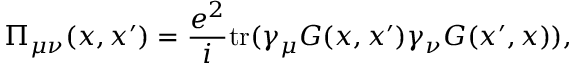
\Pi _ { \mu \nu } ( x , x ^ { \prime } ) = \frac { e ^ { 2 } } { i } \mathrm { t r } ( \gamma _ { \mu } G ( x , x ^ { \prime } ) \gamma _ { \nu } G ( x ^ { \prime } , x ) ) ,